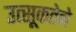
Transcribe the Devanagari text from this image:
उत्सूकतेने